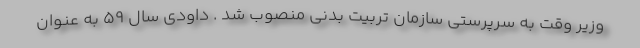
وزیر وقت به سرپرستی سازمان تربیت بدنی منصوب شد . داودی سال ۵۹ به عنوان